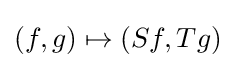
(f,g)\mapsto (Sf,Tg)